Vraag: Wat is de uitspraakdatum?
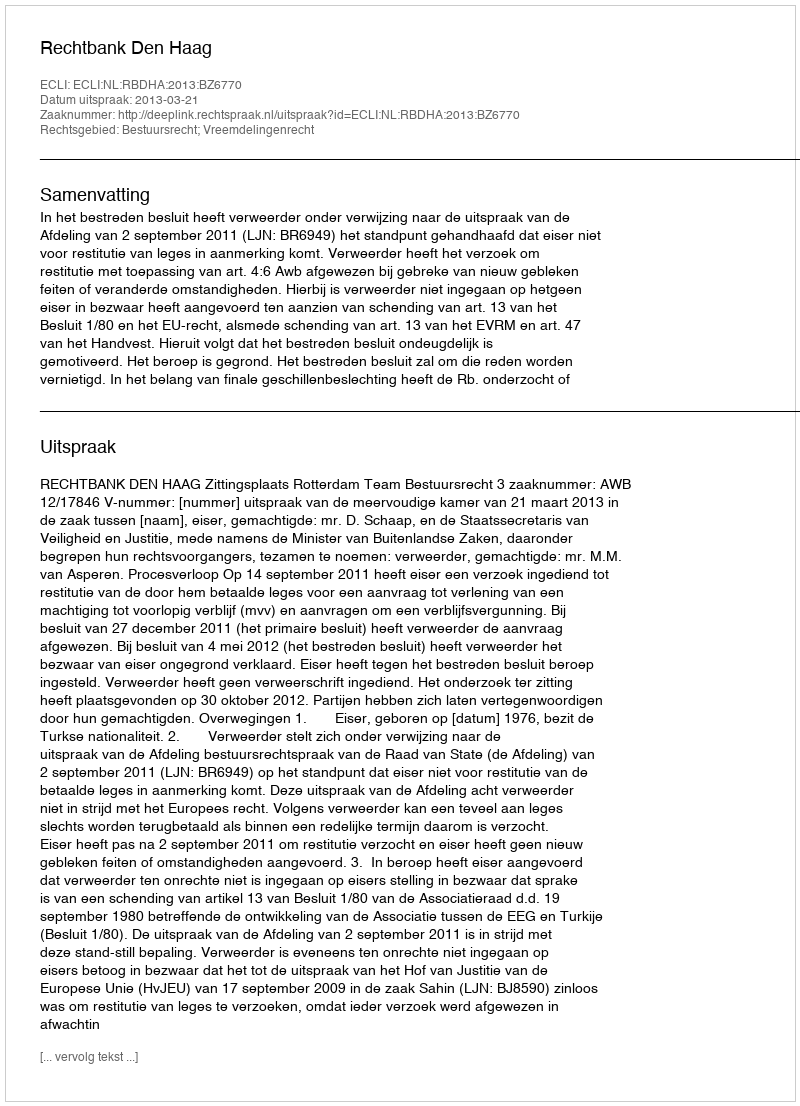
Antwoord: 2013-03-21